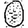
Digit: 0